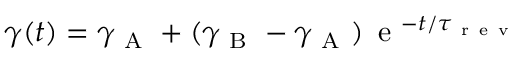
\gamma ( t ) = \gamma _ { \mathrm { ~ A ~ } } + ( \gamma _ { \mathrm { ~ B ~ } } - \gamma _ { \mathrm { ~ A ~ } } ) \, \mathrm { ~ e ~ } ^ { - t / \tau _ { \mathrm { ~ r ~ e ~ v ~ } } }